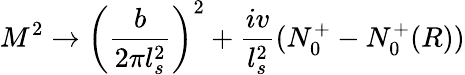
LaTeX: M^{2}\rightarrow\left({\frac{b}{2\pi l_{s}^{2}}}\right)^{2}+{\frac{iv}{l_{s}^{2}}}(N_{0}^{+}-N_{0}^{+}(R))